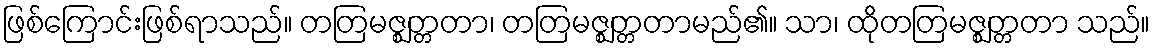
ဖြစ်ကြောင်းဖြစ်ရာသည်။ တတြမဇ္ဈတ္တတာ၊ တတြမဇ္ဈတ္တတာမည်၏။ သာ၊ ထိုတတြမဇ္ဈတ္တတာ သည်။